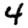
Digit: 4